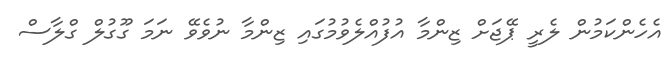
އެހެންކަމުން ލެރީ ޕޭޖަށް ޒިންމާ އުފުއްލެވުމުގައި ޒިންމާ ނުވެވޭ ނަމަ ގޫގުލް ގްލާސް